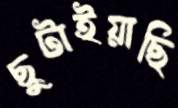
ছুটাইয়াছি